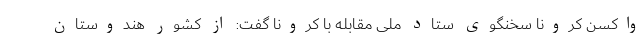
واکسن کرونا سخنگوی ستاد ملی مقابله با کرونا گفت: از کشور هندوستان